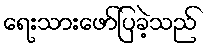
ရေးသားဖော်ပြခဲ့သည်